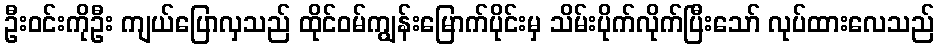
ဦးဝင်းကိုဦး ကျယ်ပြောလှသည် ထိုင်ဝမ်ကျွန်းမြောက်ပိုင်းမှ သိမ်းပိုက်လိုက်ပြီးသော် လုပ်ထားလေသည်